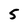
Character: 5